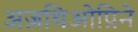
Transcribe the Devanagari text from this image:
अज़थिओप्रिने